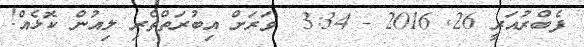
ފެބްރުއަރީ 26